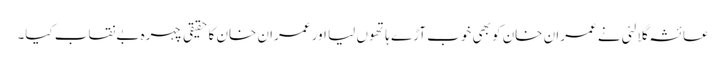
عائشہ گلالئی نے عمران خان کو بھی خوب آڑے ہاتھوں لیا اور عمران خان کا حقیقی چہرہ بےنقاب کیا۔